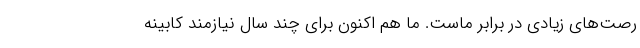
رصت‌های زیادی در برابر ماست. ما هم اکنون برای چند سال نیازمند کابینه